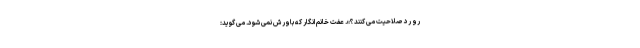
رو رد صلاحیت می کنند؟». عفت خانم انگار که باورش نمی شود. می گوید: